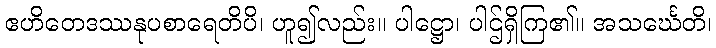
ဧဟိတေဒဿနုပစာရေတိပိ၊ ဟူ၍လည်း။ ပါဋ္ဌော၊ ပါဌ်ရှိကြ၏။ အသင်္ဃေတိ၊